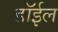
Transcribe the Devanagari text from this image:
डॉईल